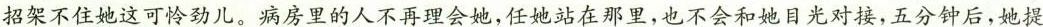
招架不住她这可怜劲儿。病房里的人不再理会她，任她站在那里，也不会和她目光对接，五分钟后，她提